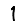
Digit: 1